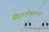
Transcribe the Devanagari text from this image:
सिद्धरामेश्वराच्या